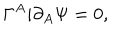
LaTeX: \Gamma ^ { A } i \partial _ { A } \Psi = 0 ,